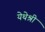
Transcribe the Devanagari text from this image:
येथेश्री